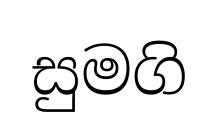
සුමගි